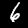
Digit: 6